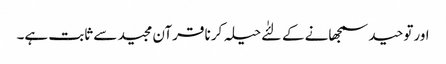
اورتوحید سمجھانے کے لئٰے حیلہ کرنا قرآن مجید سے ثابت ہے۔